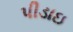
પીડાઇ